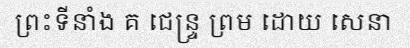
ព្រះទីនាំង គ ជេន្ទ្រ ព្រម ដោយ សេនា